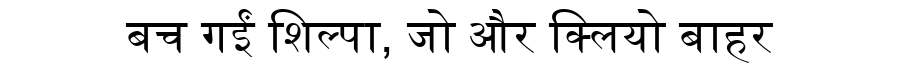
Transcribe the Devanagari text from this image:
बच गईं शिल्पा, जो और क्लियो बाहर